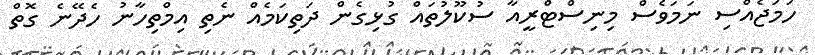
ހަމަޖެއްސި ނަމަވެސް މިނިސްޓްރީއާ ސުކޫލުތައް ގުޅިގެން ދަތިކަމެއް ނެތި އިމްތިހާނު ހެދޭނެ ގޮތް